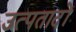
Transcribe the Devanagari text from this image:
उत्पतादों